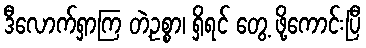
ဒီလောက်ရှာကြ တဲ့ဥစ္စာ၊ ရှိရင် တွေ့ ဖို့ကောင်းပြီ